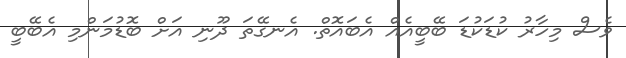
ވެސް މިހާރު ކުޑަކުޑަ ބޭބީއެއް އެބައޮތް. އެނގޭތަ ދޫނި އަށް ބޮޑުމަންމި އެބޭބީ